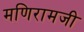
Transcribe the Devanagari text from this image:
मणिरामजी